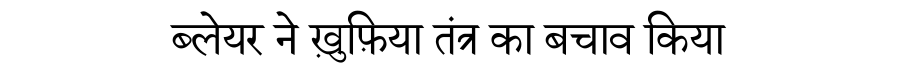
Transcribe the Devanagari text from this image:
ब्लेयर ने ख़ुफ़िया तंत्र का बचाव किया